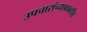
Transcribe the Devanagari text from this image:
उपचारांच्याबाबतीत